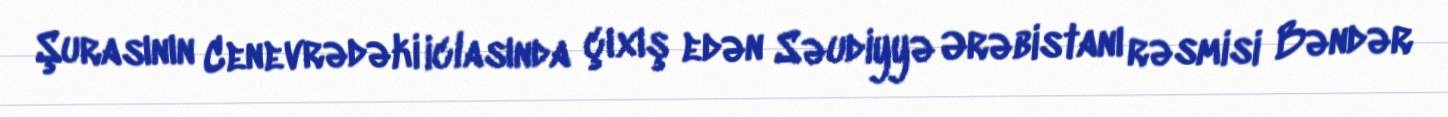
Şurasının Cenevrədəki iclasında çıxış edən Səudiyyə Ərəbistanı rəsmisi Bəndər